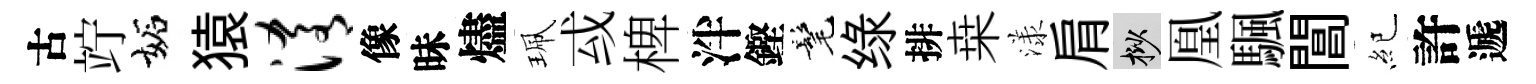
古竚妬猿淆像昧燼珮㦯椑泮鏗髦绿排桒漾肩挲凰颿閶紀許遞